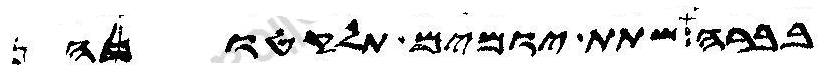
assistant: בברה שתת יומים תלקתונה